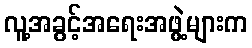
လူ့အခွင့်အရေးအဖွဲ့များက